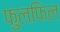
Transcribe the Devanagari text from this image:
फुलफिल